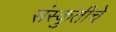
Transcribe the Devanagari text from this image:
संस्कुतीचे